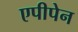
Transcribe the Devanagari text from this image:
एपीपेन